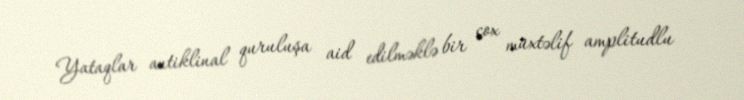
Yataqlar antiklinal quruluşa aid edilməklə bir çox müxtəlif amplitudlu